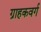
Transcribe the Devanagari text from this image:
ग्राहकवर्ग